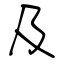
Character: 及